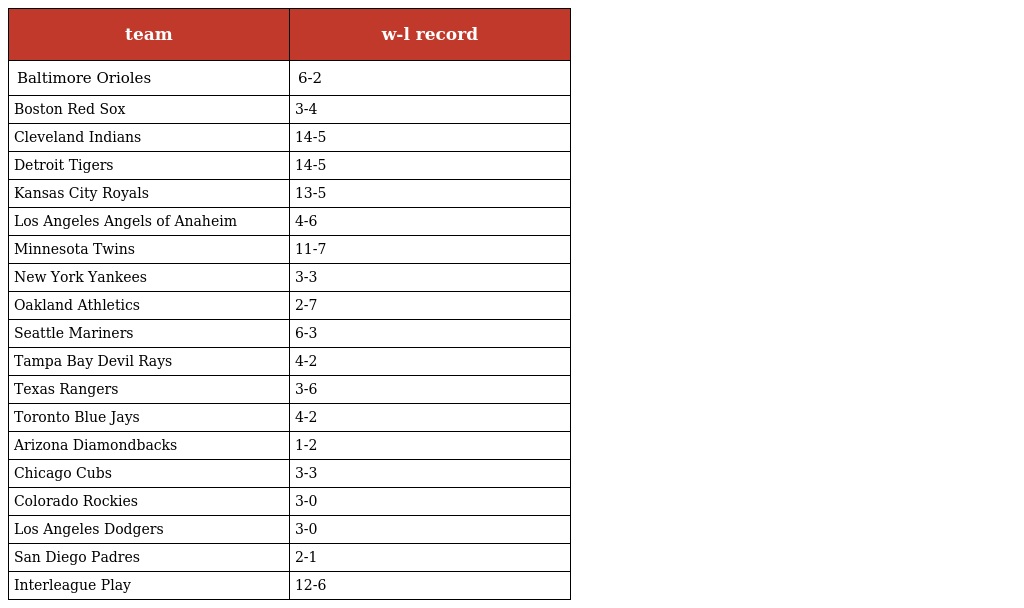
| team | w-l record |
 | --- | --- |
 | Baltimore Orioles | 6-2 |
 | Boston Red Sox | 3-4 |
 | Cleveland Indians | 14-5 |
 | Detroit Tigers | 14-5 |
 | Kansas City Royals | 13-5 |
 | Los Angeles Angels of Anaheim | 4-6 |
 | Minnesota Twins | 11-7 |
 | New York Yankees | 3-3 |
 | Oakland Athletics | 2-7 |
 | Seattle Mariners | 6-3 |
 | Tampa Bay Devil Rays | 4-2 |
 | Texas Rangers | 3-6 |
 | Toronto Blue Jays | 4-2 |
 | Arizona Diamondbacks | 1-2 |
 | Chicago Cubs | 3-3 |
 | Colorado Rockies | 3-0 |
 | Los Angeles Dodgers | 3-0 |
 | San Diego Padres | 2-1 |
 | Interleague Play | 12-6 |